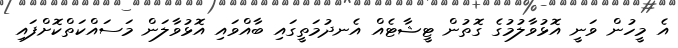
އެ މީހުން ވަނީ އޮޅުވާލުމުގެ ގޮތުން ޓީޝާޓެއް އެނދުމަތީގައި ބާއްވައި އޮޅުވާލަން މަސައްކަތްކޮށްފައި